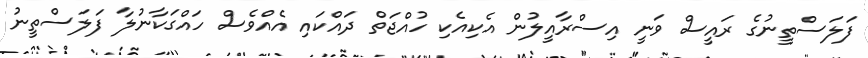
ފަލަސްތީނުގެ ރައީސް ވަނީ އިސްރާއީލުން އެކިއެކި ހުއްޖަތް ދައްކައި އެއްވެސް ހައްގަކާނުލާ ފަލަސްތީނު